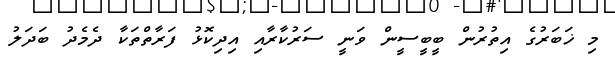
މި ޚަބަރުގެ އިތުރުން ބީބީސީން ވަނީ ސަރުކާރާއި އިދިކޮޅު ފަރާތްތަކާ ދެމެދު ބަދަލު